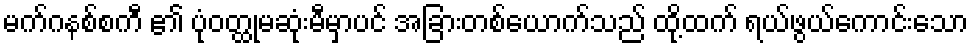
မက်ဂနစ်စကီ ၏ ပုံဝတ္ထုမဆုံးမီမှာပင် အခြားတစ်ယောက်သည် ထို့ထက် ရယ်ဖွယ်ကောင်းသော